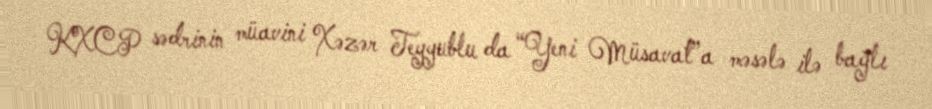
KXCP sədrinin müavini Xəzər Teyyublu da “Yeni Müsavat”a məsələ ilə bağlı